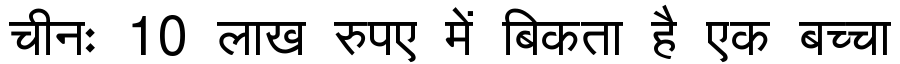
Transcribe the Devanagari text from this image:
चीनः 10 लाख रुपए में बिकता है एक बच्चा